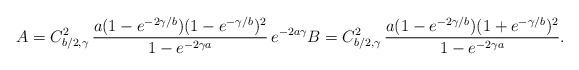
LaTeX: \begin{align*}A = C_{b/2,\gamma}^2 \, \frac{a (1-e^{-2\gamma/b})(1-e^{-\gamma/b})^2}{1-e^{-2 \gamma a}} \, e^{-2 a \gamma} B = C_{b/2,\gamma}^2 \, \frac{a (1-e^{-2\gamma/b})(1+e^{-\gamma/b})^2}{1-e^{-2 \gamma a}}.\end{align*}